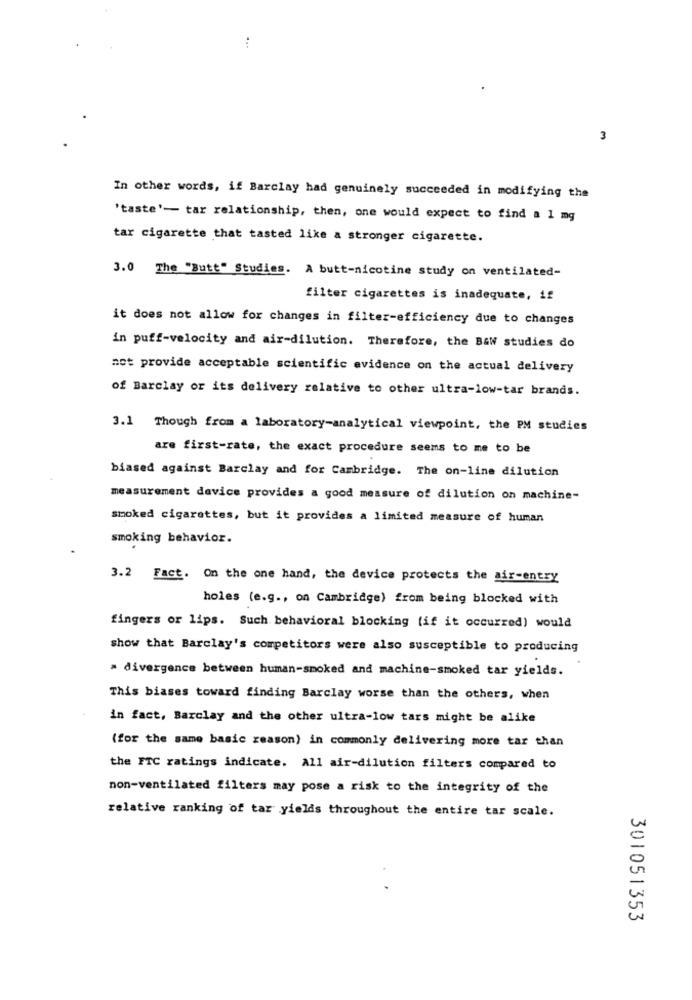
3
In other words, if Barclay had genuinely succeeded in modifying the
'taste'- tar relationship, then, one would expect to find a 1 mg
tar cigarette that tasted like a stronger cigarette.
3.0 The "Butt" Studies. A butt-nicotine study on ventilated-
filter cigarettes is inadequate, if
it does not allow for changes in filter-efficiency due to changes
in puff-velocity and air-dilution. Therefore, the Baw studies do
not provide acceptable scientific evidence on the actual delivery
of Barclay or its delivery relative to other ultra-low-tar brands.
3.1 Though from a laboratory-analytical viewpoint, the PM studies
are first-rate, the exact procedure seems to me to be
biased against Barclay and for Cambridge. The on-line dilution
measurement device provides a good measure of dilution on machine-
smoked cigarettes, but it provides a limited measure of human
smoking behavior.
3.2 Fact. On the one hand, the device protects the air-entry
holes (e.g ., on Cambridge) from being blocked with
fingers or lips. Such behavioral blocking (if it occurred) would
show that Barclay's competitors were also susceptible to producing
. divergence between human-smoked and machine-smoked tar yields.
This biases toward finding Barclay worse than the others, when
in fact, Barclay and the other ultra-low tars might be alike
(for the same basic reason) in commonly delivering more tar than
the FTC ratings indicate. All air-dilution filters compared to
non-ventilated filters may pose a risk to the integrity of the
relative ranking of tar yields throughout the entire tar scale.
301051353